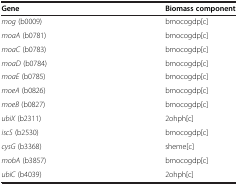
| Gene | Biomass component |
 | --- | --- |
 | mog (b0009) | bmocogdp[c] |
 | moaA (b0781) | bmocogdp[c] |
 | moaC (b0783) | bmocogdp[c] |
 | moaD (b0784) | bmocogdp[c] |
 | moaE (b0785) | bmocogdp[c] |
 | moeA (b0826) | bmocogdp[c] |
 | moeB (b0827) | bmocogdp[c] |
 | ubiX (b2311) | 2ohph[c] |
 | iscS (b2530) | bmocogdp[c] |
 | cysG (b3368) | sheme[c] |
 | mobA (b3857) | bmocogdp[c] |
 | ubiC (b4039) | 2ohph[c] |